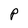
Character: P